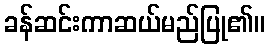
ခန်ဆင်းကာဆယ်မည်ပြု၏။